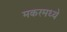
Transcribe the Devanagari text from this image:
मकरमध्ये